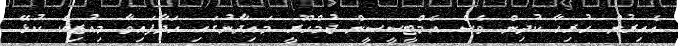
އެއިރުން ހުރިހާ ކުދިން ވެސް އެމްޓީސީސީން ޖުމްހޫރީ މައިދާނުގައި ހަދާފައިވާ މިއުޒިކް ކުޅޭ